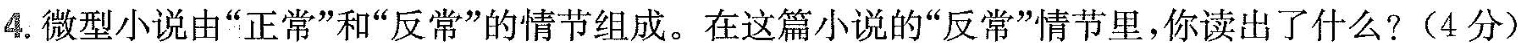
4. 微型小说由“正常”和“反常”的情节组成。在这篇小说的“反常”情节里，你读出了什么?（4分）